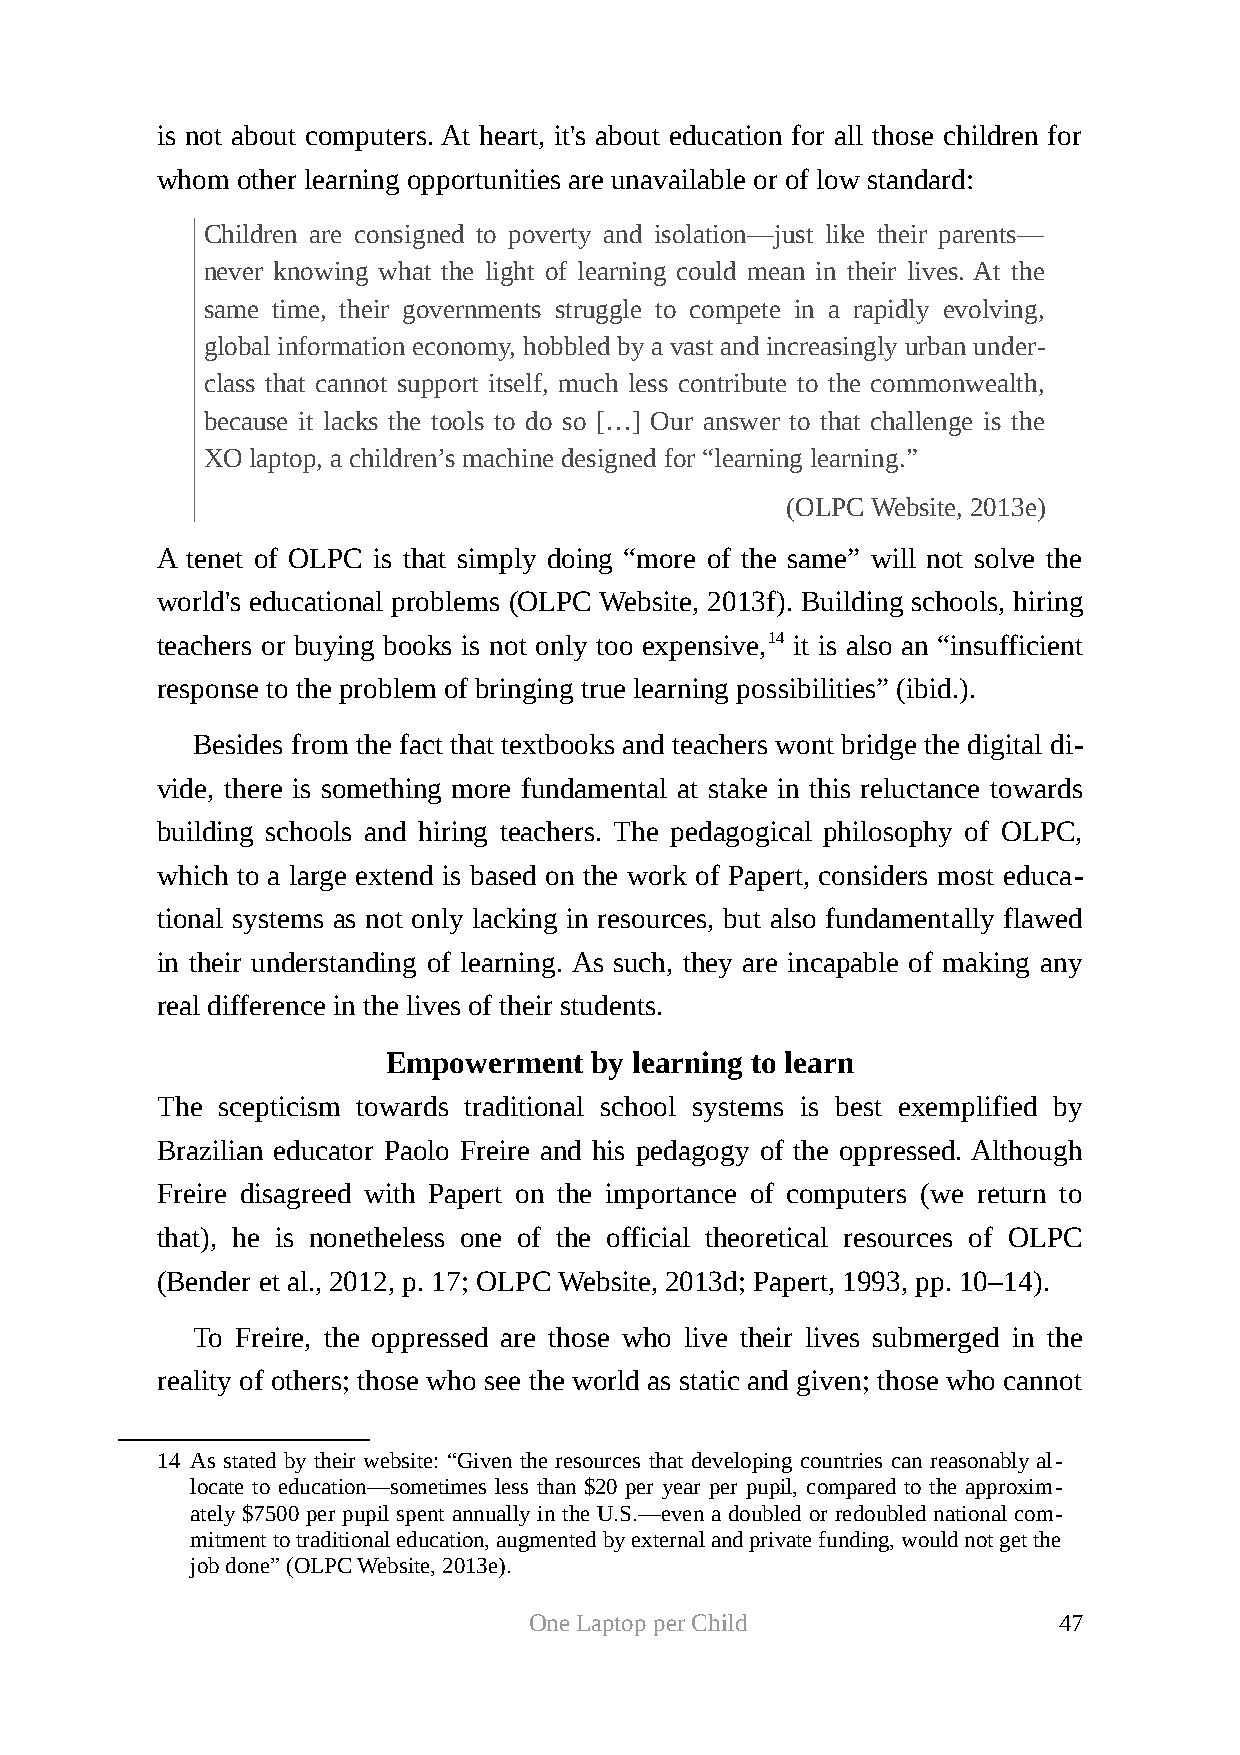
is not about computers. At heart, it's about education for all those children for
 whom  other learning opportunities are unavailable or of low standard:
 Children are consigned to poverty and isolation—just like their parents—
 never knowing what the light of learning could mean in their lives. At the
 same time, their governments struggle to compete in a rapidly evolving,
 global information economy, hobbled by a vast and increasingly urban under-
 class that cannot support itself, much less contribute to the commonwealth,
 because it lacks the tools to do so […] Our answer to that challenge is the
 XO laptop, a children’s machine designed for “learning learning.”
 (OLPC Website, 2013e)
 A tenet of OLPC is that simply doing “more of the same” will not solve the
 world's educational problems (OLPC Website, 2013f). Building schools, hiring
 teachers or buying books is not only too expensive,14 it is also an “insufficient
 response to the problem of bringing true learning possibilities” (ibid.).
 Besides from the fact that textbooks and teachers wont bridge the digital di-
 vide, there is something more fundamental at stake in this reluctance towards
 building schools and hiring teachers. The pedagogical philosophy of OLPC,
 which to a large extend is based on the work of Papert, considers most educa-
 tional systems as not only lacking in resources, but also fundamentally flawed
 in their understanding of learning. As such, they are incapable of making any
 real difference in the lives of their students.
 Empowerment  by learning to learn
 The scepticism towards traditional school systems is best exemplified by
 Brazilian educator Paolo Freire and his pedagogy of the oppressed. Although
 Freire disagreed with Papert on the importance of computers (we return to
 that), he is nonetheless one of the official theoretical resources of OLPC
 (Bender et al., 2012, p. 17; OLPC Website, 2013d; Papert, 1993, pp. 10–14).
 To Freire, the oppressed are those who live their lives submerged in the
 reality of others; those who see the world as static and given; those who cannot
 14 As stated by their website: “Given the resources that developing countries can reasonably al-
 locate to education—sometimes less than $20 per year per pupil, compared to the approxim-
 ately $7500 per pupil spent annually in the U.S.—even a doubled or redoubled national com-
 mitment to traditional education, augmented by external and private funding, would not get the
 job done” (OLPC Website, 2013e).
 One Laptop per Child               47